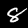
Label: 8